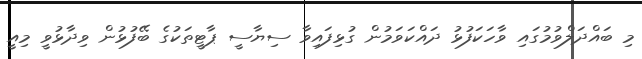
މި ބައްދަލްވުމުގައި ވާހަކަފުޅު ދައްކަވަމުން ގުޅިފައިވާ ސިޔާސީ ޕާޓީތަކުގެ ބޭފުޅުން ވިދާޅުވީ މިއީ